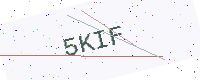
Text: 5KIF